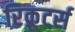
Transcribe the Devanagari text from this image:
रिक्रूटर्स